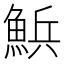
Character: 𮫽